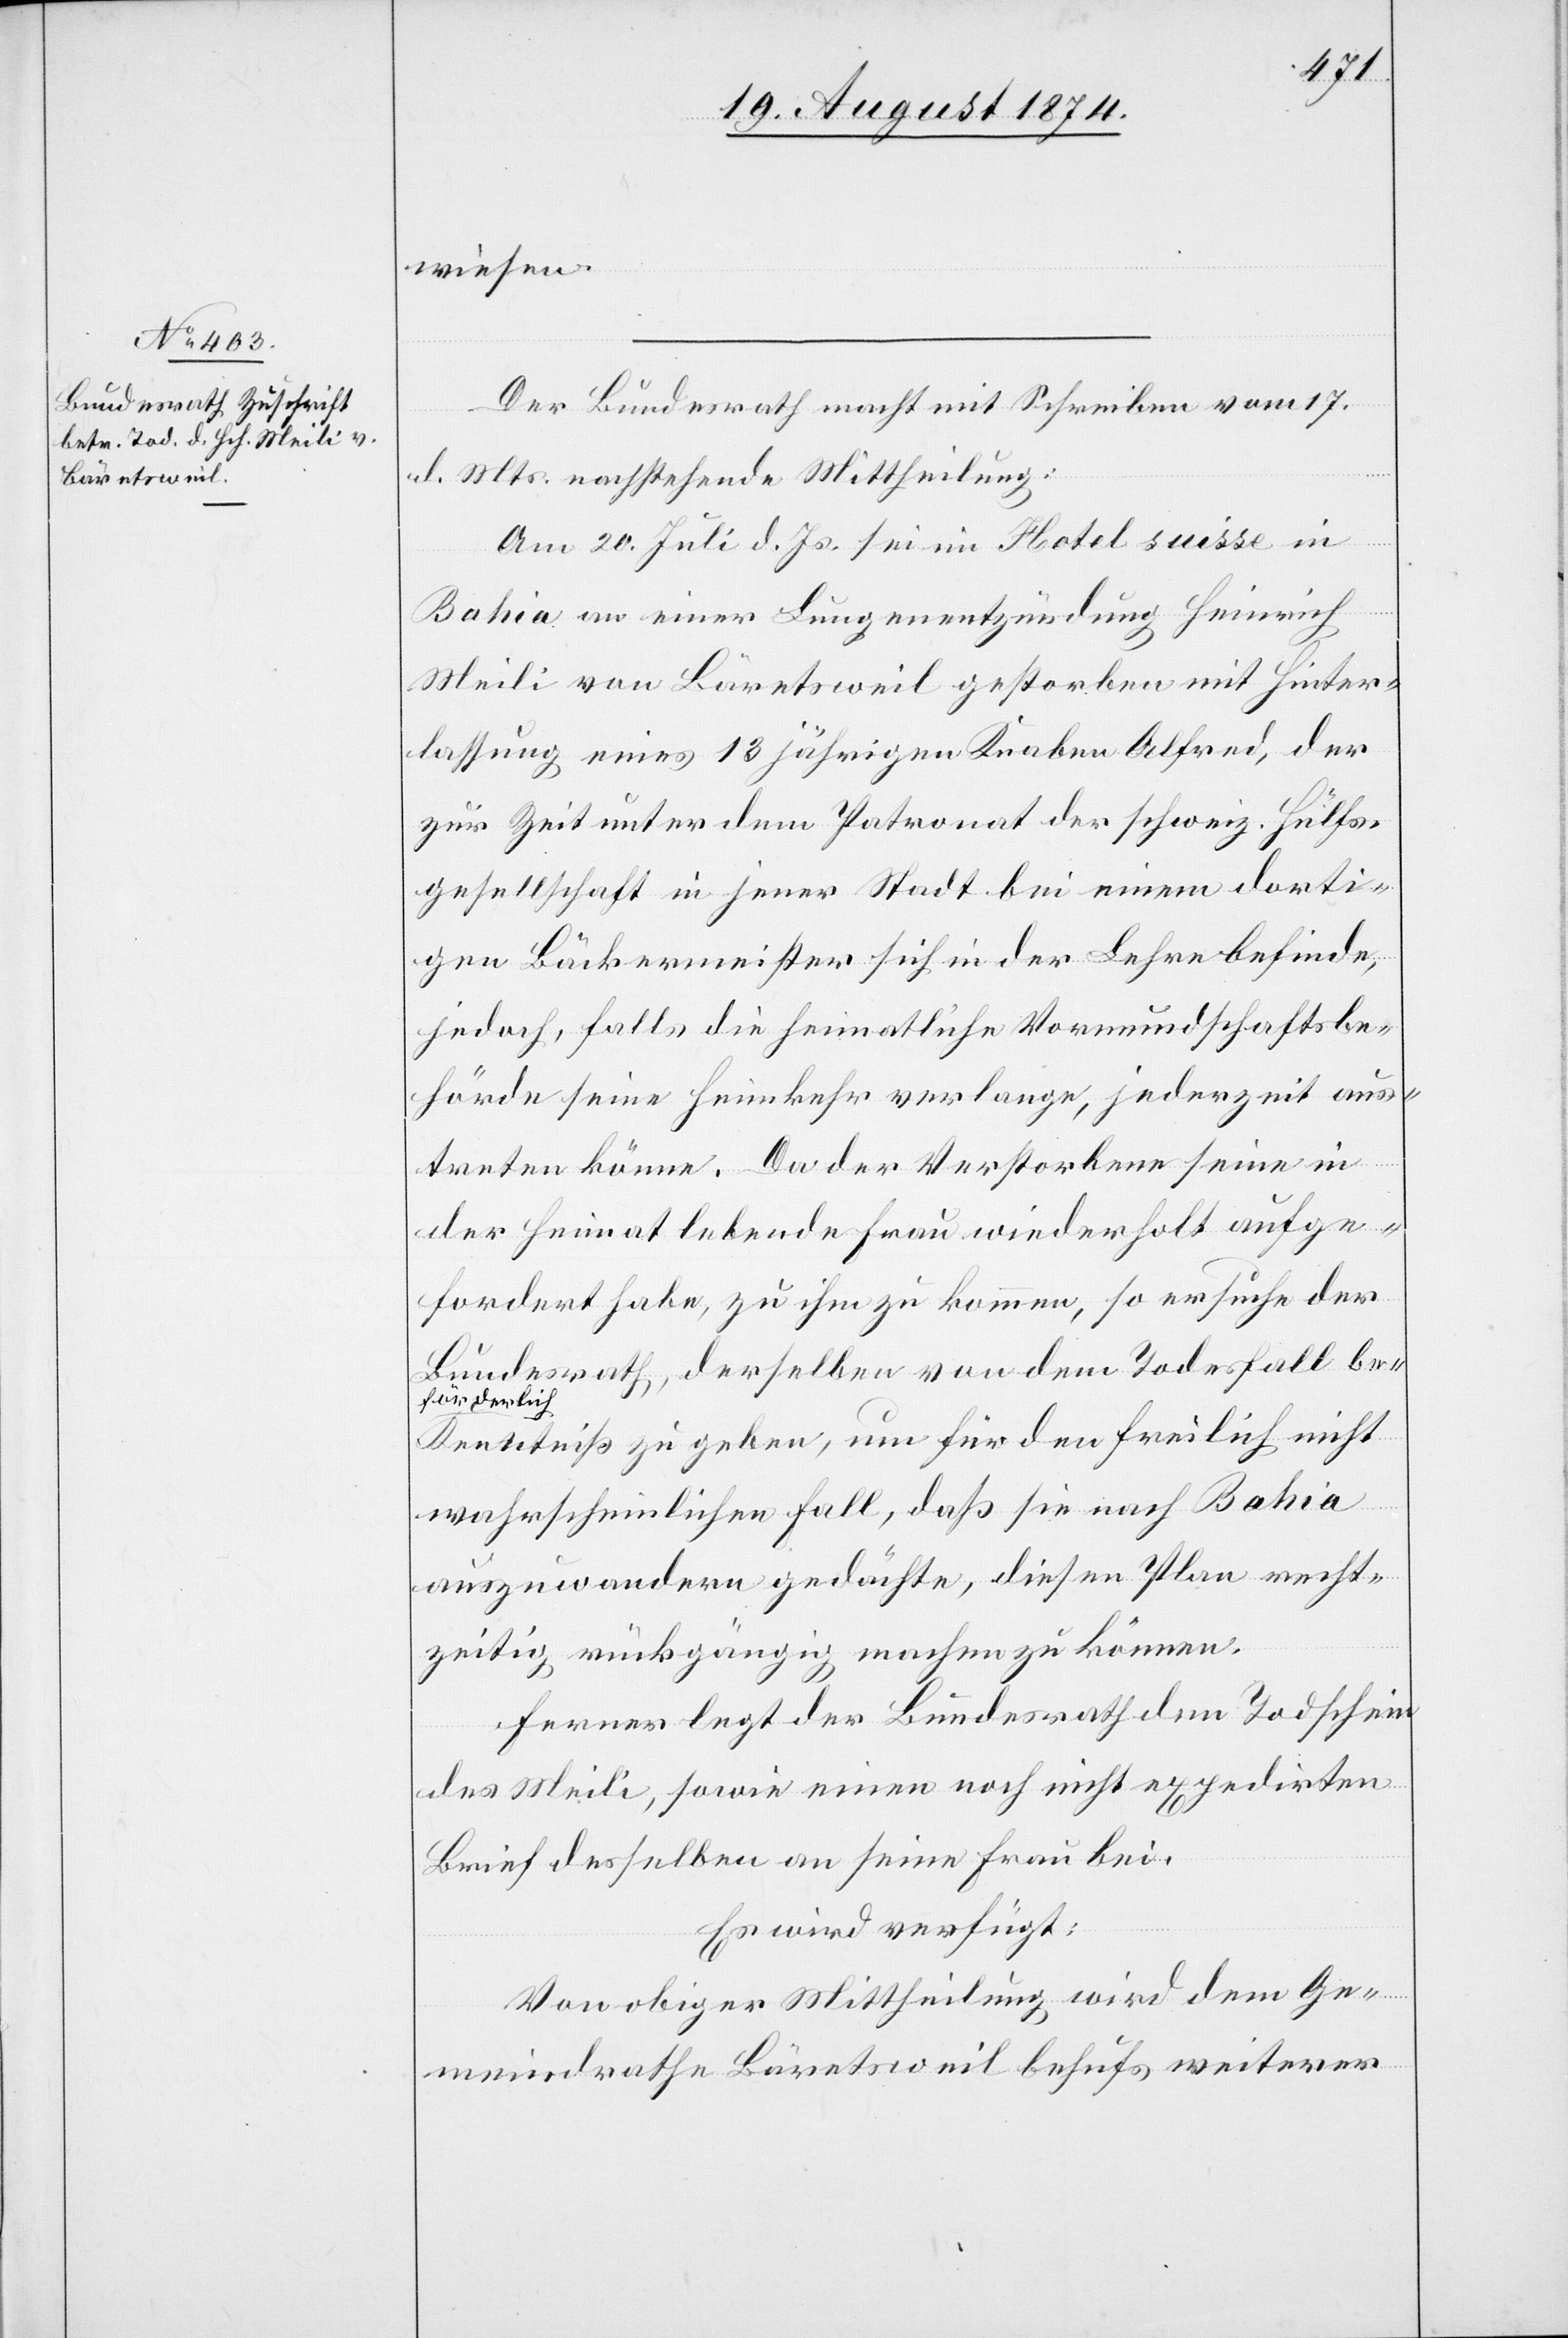
20. August 1874.]
wiesen.
Der Bundesrath macht mit Schreiben vom 17.
d. Mts. nachstehende Mittheilung:
Am 20. Juli d. Js. sei im Hotel suisse in
Bahia an einer Lungenentzündung Heinrich
Meili von Bäretsweil gestorben mit Hinter¬
lassung eines 13 jährigen Knaben Alfred, der
zur Zeit unter dem Patronat der schweiz. Hülfs¬
gesellschaft in jener Stadt bei einem dorti¬
gen Bäckermeister sich in der Lehre befinde,
jedoch, falls die heimatliche Vormundschaftsbe¬
hörde seine Heimkehr verlange, jederzeit aus¬
treten könne. Da der Verstorbene seine in
der Heimat lebende Frau wiederholt aufge¬
fordert habe, zu ihm zu kommen, so ersuche der
Bundesrath, derselben von dem Todesfall be¬
förderlich
Kenntniß zu geben, um für den freilich nicht
wahrscheinlichen Fall, daß sie nach Bahia
auszuwandern gedächte, diesen Plan recht¬
zeitig rückgängig machen zu können.
Ferner legt der Bundesrath den Todschein
des Meili, sowie einen noch nicht expedirten
Brief desselben an seine Frau bei.
Es wird verfügt:
Von obiger Mittheilung wird dem Ge¬
meindrathe Bäretsweil behufs weiterer